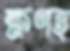
ক্ষণহ